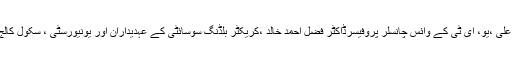
اس موقع پر ڈائریکٹر جنرل نیب میجر( ر) سید برہان علی ،یو، ای ٹی کے وائس چانسلر پروفیسرڈاکٹر فضل احمد خالد ،کریکٹر بلڈنگ سوسائٹی کے عہدیداران اور یونیورسٹی ، سکول کالج کے طلبہ و طالبات بھی کثیر تعداد میں موجود تھے۔